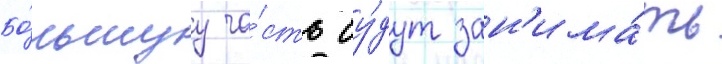
Бо́льшуу ча́сть бу́дут зан'има́ть